Jaan_Tonisson_(Lasteleht), lk 62
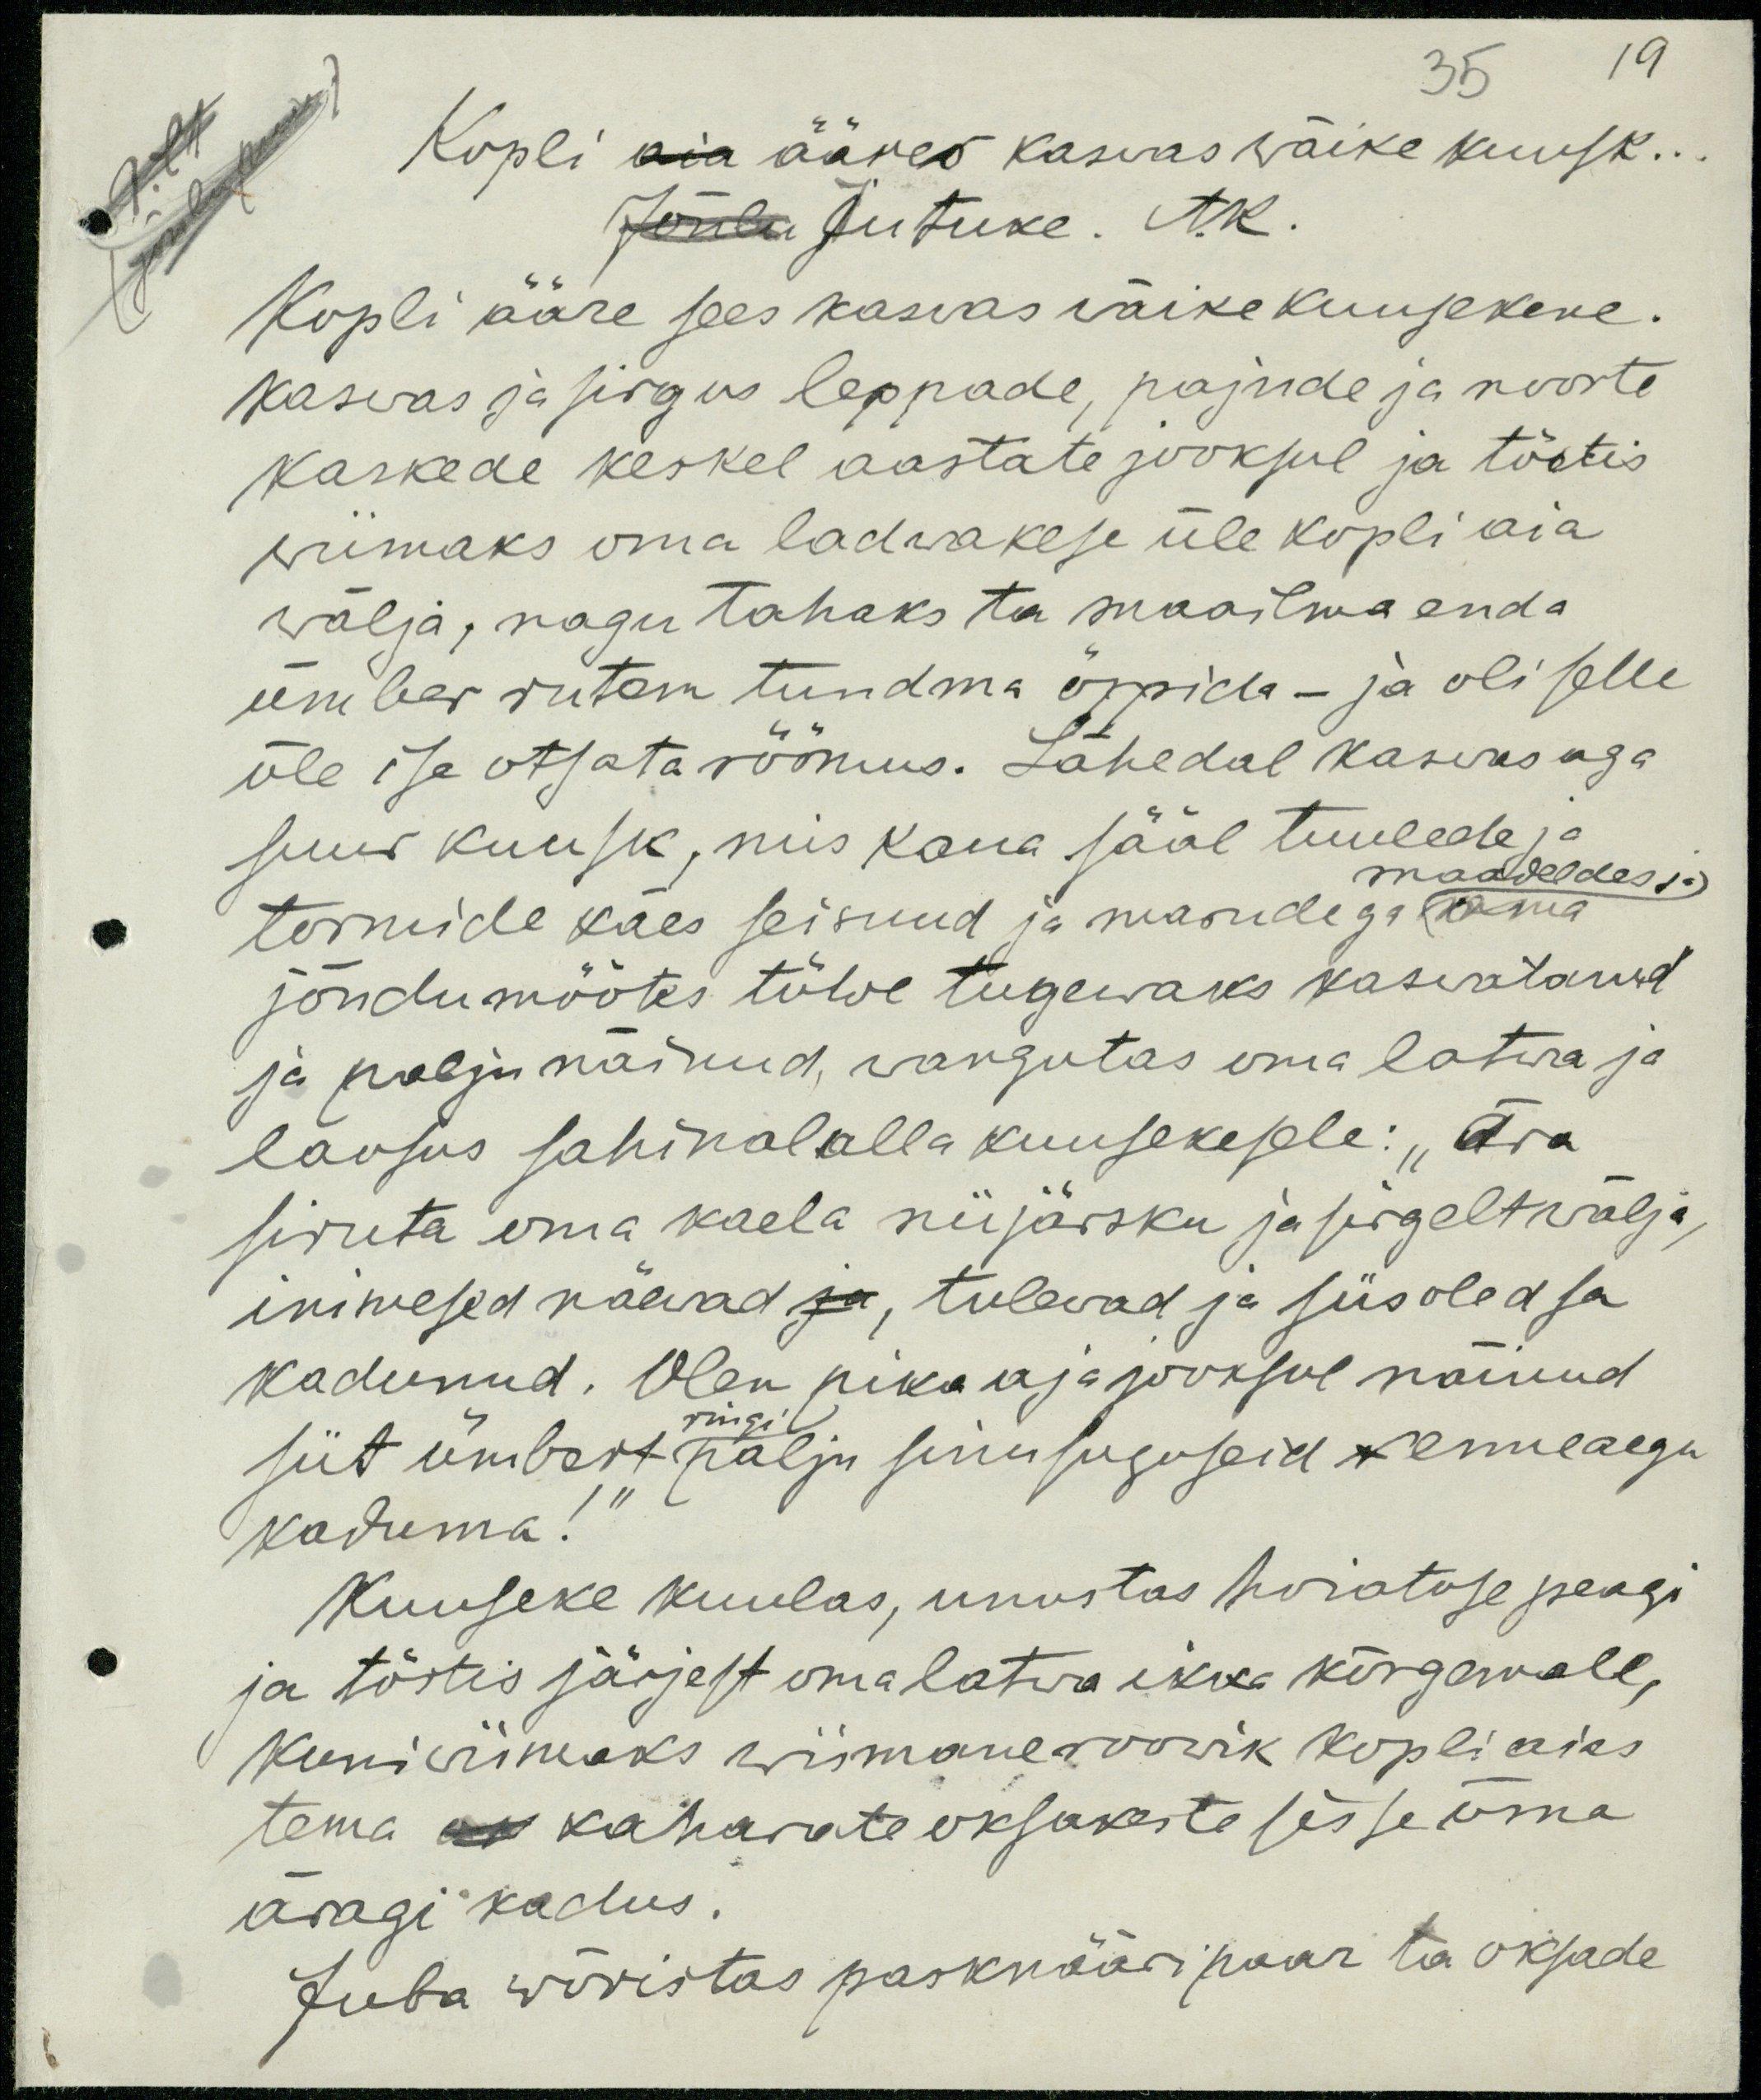
19

35
Kopli aia ääres kasvas wäike kuusk...
Jõulu Jutuke. AK.
Kopli ääre sees kasvas wäike kuusekene.
kaswas ja sirgus leppade, pajude ja noorte-
kaskede keskel aastate jooksul ja tõstis
wiimaks oma ladwakese üle kopli aia
wälja, nagu tahaks ta maailma enda
ümber rutem tundma öppida - ja oli selle
üle ise otsata röömus. Lähedal kaswas aga
suur kuusk, mis kaua sääl tuulede ja
maadeldes ja
tormide käes seisnud ja marudega oma
jõudumöötes tüwe tugewaks kaswatanud
ja palju näinud, wangutas oma latwa ja
lausus sahinal alla kuusekesele: "Ära
siruta oma kaela nii järsku ja sirgelt wälja,
inimesed näevad ja, tulewad ja siis oled sa
kadunud. Olen pika aja jooksul näinud
ringi
siit ümbert palju sinusuguseid v enneaegu
kaduma!"
Kuuseke kuulas, unustas hoiatuse peagi
ja tõstis järjest oma latwa ikka kõrgemale,
kuni wiiimaks wiimane roowik kopli aias
tema oma kaharate oksakeste sisse oma
äragi kadus.
Juba wõristas pasknääri paar ta oksade